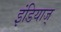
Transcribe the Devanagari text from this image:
इंडियाज्